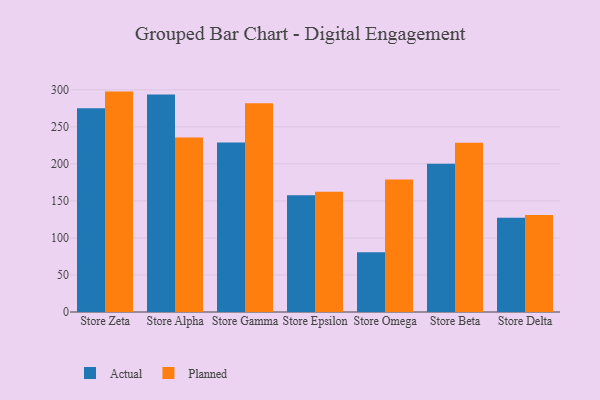
{"axis": {"x": "Store", "y": "Satisfaction Score"}, "legend": ["Actual", "Planned"], "data": [{"x": "Store Zeta", "y": 275.1, "type": "Actual"}, {"x": "Store Zeta", "y": 297.6, "type": "Planned"}, {"x": "Store Alpha", "y": 293.6, "type": "Actual"}, {"x": "Store Alpha", "y": 235.6, "type": "Planned"}, {"x": "Store Gamma", "y": 229.0, "type": "Actual"}, {"x": "Store Gamma", "y": 281.8, "type": "Planned"}, {"x": "Store Epsilon", "y": 157.8, "type": "Actual"}, {"x": "Store Epsilon", "y": 162.3, "type": "Planned"}, {"x": "Store Omega", "y": 80.6, "type": "Actual"}, {"x": "Store Omega", "y": 179.0, "type": "Planned"}, {"x": "Store Beta", "y": 200.1, "type": "Actual"}, {"x": "Store Beta", "y": 228.4, "type": "Planned"}, {"x": "Store Delta", "y": 127.2, "type": "Actual"}, {"x": "Store Delta", "y": 131.0, "type": "Planned"}]}